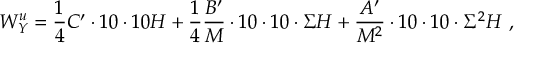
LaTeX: W _ { Y } ^ { u } = \frac { 1 } { 4 } C ^ { \prime } \cdot 1 0 \cdot 1 0 H + \frac { 1 } { 4 } \frac { B ^ { \prime } } { M } \cdot 1 0 \cdot 1 0 \cdot \Sigma H + \frac { A ^ { \prime } } { M ^ { 2 } } \cdot 1 0 \cdot 1 0 \cdot \Sigma ^ { 2 } H ~ ,